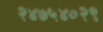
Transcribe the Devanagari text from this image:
२४७५४०२९